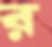
র